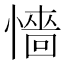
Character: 懎